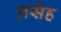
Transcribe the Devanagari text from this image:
तसेह